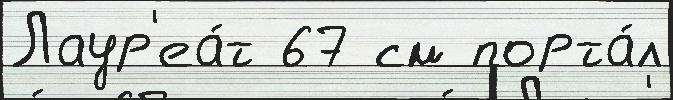
Лаур'еа́т 67 см порта́л